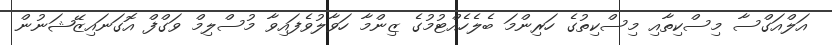
އަލްއަގްސާ މިސްކިތާއި މިސްކިތުގެ ހަރިންމަ ބެލެހެއްޓުމުގެ ޒިންމާ ހަވާލުވެފައިވާ މުސްލިމް ވަގްފް އޮގަނައިޒޭޝަނުން